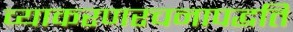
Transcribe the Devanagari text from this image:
व्याकरणरचनापद्धति